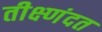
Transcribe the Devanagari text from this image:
तीक्ष्णंदत